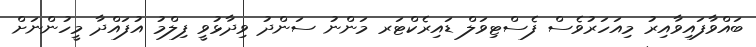
ބައްވާފައިވާއިރު މިއަހަރުވެސް ފެސްޓިވަލް ޑައިރެކްޓަރ މަންނު ސަންދު ވިދާޅުވީ ފިލްމު އުފައްދާ މީހުންނަށް